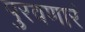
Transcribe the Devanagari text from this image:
पुरवणारं